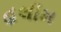
હલીમ